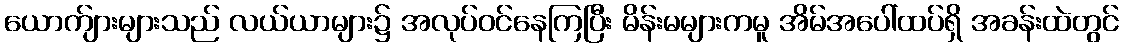
ယောက်ျားများသည် လယ်ယာများ၌ အလုပ်ဝင်နေကြပြီး မိန်းမများကမူ အိမ်အပေါ်ထပ်ရှိ အခန်းထဲတွင်